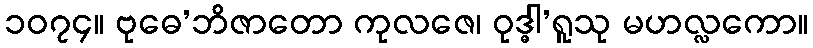
၁၀၇၄။ ဗုဓေ’ဘိဇာတော ကုလဇေ၊ ဝုဒ္ဓါ’ရူသု မဟလ္လကော။